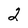
Character: 2